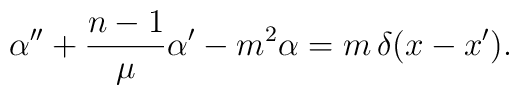
\alpha''+\frac{n-1}\mu \alpha' -m^2\alpha  = m\, \delta(x-x').